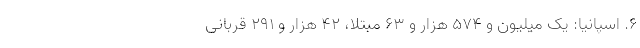
۶. اسپانیا: یک میلیون و ۵۷۴ هزار و ۶۳ مبتلا، ۴۲ هزار و ۲۹۱ قربانی